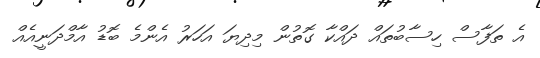
އެ ތަފާސް ހިސާބުތައް ދައްކާ ގޮތުން މިދިޔަ އަހަރު އެންމެ ބޮޑު އާމްދަނީއެއް